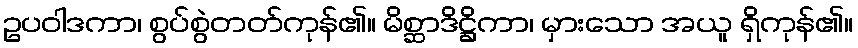
ဥပဝါဒကာ၊ စွပ်စွဲတတ်ကုန်၏။ မိစ္ဆာဒိဋ္ဌိကာ၊ မှားသော အယူ ရှိကုန်၏။